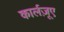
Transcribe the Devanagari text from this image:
कार्लज़ूए